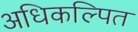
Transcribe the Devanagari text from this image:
अधिकल्पित